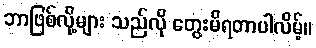
ဘာဖြစ်လို့များ သည်လို တွေးမိရတာပါလိမ့်။